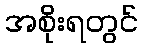
အစိုးရတွင်